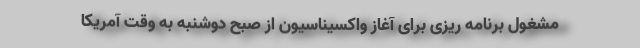
مشغول برنامه ریزی برای آغاز واکسیناسیون از صبح دوشنبه به وقت آمریکا